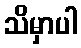
သိမှာပါ